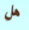
هل